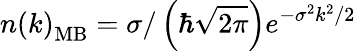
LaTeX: n\left(k\right)_{\mathrm{MB}}=\sigma/\left(\hbar\sqrt{2\pi}\right)e^{-\sigma^{2}k^{2}/2}